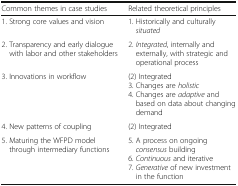
<table><thead><tr><td><b>Common themes in case studies</b></td><td><b>Related theoretical principles</b></td></tr></thead><tbody><tr><td>1. Strong core values and vision</td><td>1. Historically and culturally <i>situated</i></td></tr><tr><td>2. Transparency and early dialogue with labor and other stakeholders</td><td>2. <i>Integrated</i>, internally and externally, with strategic and operational process</td></tr><tr><td>3. Innovations in workflow</td><td>(2) Integrated3. Changes are <i>holistic</i>4. Changes are <i>adaptive</i> and based on data about changing demand</td></tr><tr><td>4. New patterns of coupling</td><td>(2) Integrated</td></tr><tr><td>5. Maturing the WFPD model through intermediary functions</td><td>5. A process on ongoing <i>consensus</i> building6. <i>Continuous</i> and iterative7. <i>Generative</i> of new investment in the function</td></tr></tbody></table>